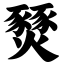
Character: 燹